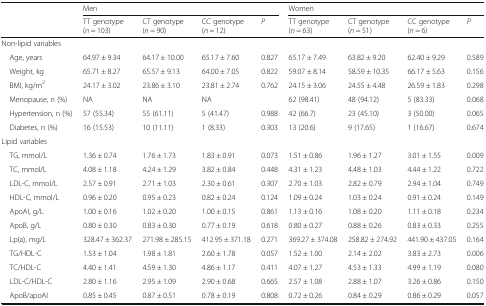
<table><thead><tr><td rowspan="2"></td><td colspan="4"><b>Men</b></td><td colspan="4"><b>Women</b></td></tr><tr><td><b>TT genotype (<i>n</i> = 103)</b></td><td><b>CT genotype (<i>n</i> = 90)</b></td><td><b>CC genotype (<i>n</i> = 12)</b></td><td><b><i>P</i></b></td><td><b>TT genotype (<i>n</i> = 63)</b></td><td><b>CT genotype (<i>n</i> = 51)</b></td><td><b>CC genotype (<i>n</i> = 6)</b></td><td><b><i>P</i></b></td></tr></thead><tbody><tr><td colspan="9">Non-lipid variables</td></tr><tr><td> Age, years</td><td>64.97 ± 9.34</td><td>64.17 ± 10.00</td><td>65.17 ± 7.60</td><td>0.827</td><td>65.17 ± 7.49</td><td>63.82 ± 9.20</td><td>62.40 ± 9.29</td><td>0.589</td></tr><tr><td> Weight, kg</td><td>65.71 ± 8.27</td><td>65.57 ± 9.13</td><td>64.00 ± 7.05</td><td>0.822</td><td>59.07 ± 8.14</td><td>58.59 ± 10.35</td><td>66.17 ± 5.63</td><td>0.156</td></tr><tr><td> BMI, kg/m<sup>2</sup></td><td>24.17 ± 3.02</td><td>23.86 ± 3.10</td><td>23.81 ± 2.74</td><td>0.762</td><td>24.15 ± 3.06</td><td>24.55 ± 4.48</td><td>26.59 ± 1.83</td><td>0.298</td></tr><tr><td> Menopause, n (%)</td><td>NA</td><td>NA</td><td>NA</td><td></td><td>62 (98.41)</td><td>48 (94.12)</td><td>5 (83.33)</td><td>0.068</td></tr><tr><td> Hypertension, n (%)</td><td>57 (55.34)</td><td>55 (61.11)</td><td>5 (41.47)</td><td>0.988</td><td>42 (66.7)</td><td>23 (45.10)</td><td>3 (50.00)</td><td>0.065</td></tr><tr><td> Diabetes, n (%)</td><td>16 (15.53)</td><td>10 (11.11)</td><td>1 (8.33)</td><td>0.303</td><td>13 (20.6)</td><td>9 (17.65)</td><td>1 (16.67)</td><td>0.674</td></tr><tr><td colspan="9">Lipid variables</td></tr><tr><td> TG, mmol/L</td><td>1.36 ± 0.74</td><td>1.76 ± 1.73</td><td>1.83 ± 0.91</td><td>0.073</td><td>1.51 ± 0.86</td><td>1.96 ± 1.27</td><td>3.01 ± 1.55</td><td>0.009</td></tr><tr><td> TC, mmol/L</td><td>4.08 ± 1.18</td><td>4.24 ± 1.29</td><td>3.82 ± 0.84</td><td>0.448</td><td>4.31 ± 1.23</td><td>4.48 ± 1.03</td><td>4.44 ± 1.22</td><td>0.722</td></tr><tr><td> LDL-C, mmol/L</td><td>2.57 ± 0.91</td><td>2.71 ± 1.03</td><td>2.30 ± 0.61</td><td>0.307</td><td>2.70 ± 1.03</td><td>2.82 ± 0.79</td><td>2.94 ± 1.04</td><td>0.749</td></tr><tr><td> HDL-C, mmol/L</td><td>0.96 ± 0.20</td><td>0.95 ± 0.23</td><td>0.82 ± 0.24</td><td>0.124</td><td>1.09 ± 0.24</td><td>1.03 ± 0.24</td><td>0.91 ± 0.24</td><td>0.149</td></tr><tr><td> ApoAI, g/L</td><td>1.00 ± 0.16</td><td>1.02 ± 0.20</td><td>1.00 ± 0.15</td><td>0.861</td><td>1.13 ± 0.16</td><td>1.08 ± 0.20</td><td>1.11 ± 0.18</td><td>0.234</td></tr><tr><td> ApoB, g/L</td><td>0.80 ± 0.30</td><td>0.83 ± 0.30</td><td>0.77 ± 0.19</td><td>0.618</td><td>0.80 ± 0.27</td><td>0.88 ± 0.26</td><td>0.83 ± 0.33</td><td>0.255</td></tr><tr><td> Lp(a), mg/L</td><td>328.47 ± 362.37</td><td>271.98 ± 285.15</td><td>412.95 ± 371.18</td><td>0.271</td><td>369.27 ± 374.08</td><td>258.82 ± 274.92</td><td>441.90 ± 437.05</td><td>0.164</td></tr><tr><td> TG/HDL-C</td><td>1.53 ± 1.04</td><td>1.98 ± 1.81</td><td>2.60 ± 1.78</td><td>0.057</td><td>1.52 ± 1.00</td><td>2.14 ± 2.02</td><td>3.83 ± 2.73</td><td>0.006</td></tr><tr><td> TC/HDL-C</td><td>4.40 ± 1.41</td><td>4.59 ± 1.30</td><td>4.86 ± 1.17</td><td>0.411</td><td>4.07 ± 1.27</td><td>4.53 ± 1.33</td><td>4.99 ± 1.19</td><td>0.080</td></tr><tr><td> LDL-C/HDL-C</td><td>2.80 ± 1.16</td><td>2.95 ± 1.09</td><td>2.90 ± 0.68</td><td>0.665</td><td>2.57 ± 1.08</td><td>2.88 ± 1.07</td><td>3.26 ± 0.86</td><td>0.150</td></tr><tr><td> ApoB/apoAI</td><td>0.85 ± 0.45</td><td>0.87 ± 0.51</td><td>0.78 ± 0.19</td><td>0.808</td><td>0.72 ± 0.26</td><td>0.84 ± 0.29</td><td>0.86 ± 0.29</td><td>0.057</td></tr></tbody></table>